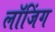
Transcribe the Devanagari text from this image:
लॉजिंग